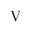
\mathrm { V }